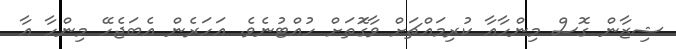
ޝިޒާން ގޮސް މިންހާއާ ކުރިމައްޗަށް ވާގޮަތަށް ހުއްޓުނެވެ. އަހަރެން އެބަޖެހޭ މިންހާ އާ